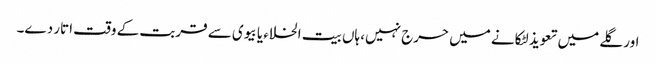
اور گلے میں تعویذ لٹکانے میں حرج نہیں، ہاں بیت الخلاء یا بیوی سے قربت کے وقت اتار دے۔